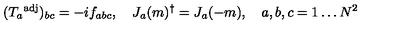
( T _ { a } { } ^ { \mathrm { a d j } } ) _ { b c } = - i f _ { a b c } , \quad J _ { a } ( m ) ^ { \dag } = J _ { a } ( - m ) , \quad a , b , c = 1 \dots N ^ { 2 }